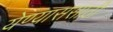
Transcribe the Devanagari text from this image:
येण्याससाठी